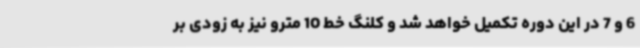
6 و 7 در این دوره تکمیل خواهد شد و کلنگ خط 10 مترو نیز به زودی بر